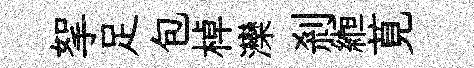
挐足包棹灤剎縆莧